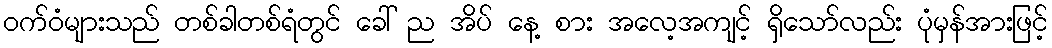
ဝက်ဝံများသည် တစ်ခါတစ်ရံတွင် ခေါ် ည အိပ် နေ့ စား အလေ့အကျင့် ရှိသော်လည်း ပုံမှန်အားဖြင့်